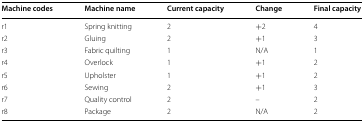
| Machine codes | Machine name | Current capacity | Change | Final capacity |
 | --- | --- | --- | --- | --- |
 | r1 | Spring knitting | 2 | +2 | 4 |
 | r2 | Gluing | 2 | +1 | 3 |
 | r3 | Fabric quilting | 1 | N/A | 1 |
 | r4 | Overlock | 1 | +1 | 2 |
 | r5 | Upholster | 1 | +1 | 2 |
 | r6 | Sewing | 2 | +1 | 3 |
 | r7 | Quality control | 2 | – | 2 |
 | r8 | Package | 2 | N/A | 2 |